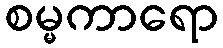
စမ္မကာရော